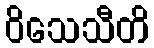
ဝိသေသီတိ